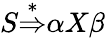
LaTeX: S{\stackrel{*}{\Rightarrow}}\alpha X\beta